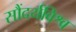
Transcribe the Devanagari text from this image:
सौंदर्यविश्व